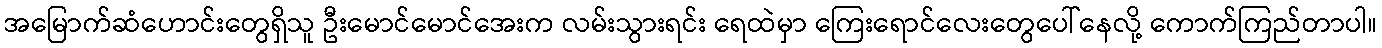
အမြောက်ဆံဟောင်းတွေရှိသူ ဦးမောင်မောင်အေးက လမ်းသွားရင်း ရေထဲမှာ ကြေးရောင်လေးတွေပေါ်နေလို့ ကောက်ကြည်တာပါ။